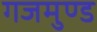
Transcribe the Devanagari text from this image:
गजमुण्ड